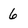
Character: 6